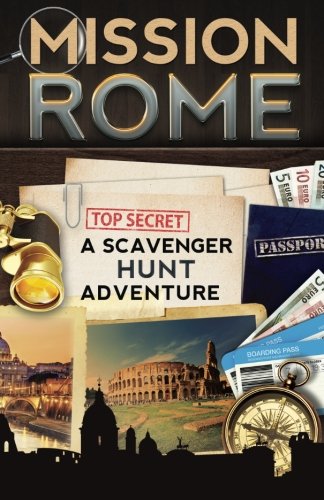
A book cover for Mission Rome: A Scavenger Hunt Adventure (Travel Book For Kids); Catherine Aragon; Children's Books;